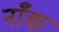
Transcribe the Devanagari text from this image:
नाँक